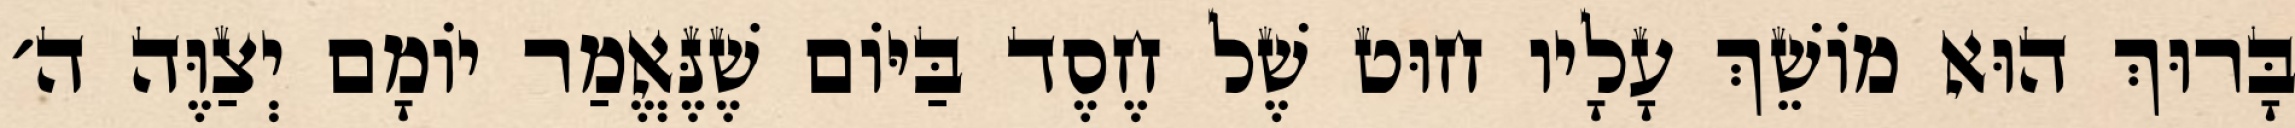
בָּרוּךְ הוּא מוֹשֵׁךְ עָלָיו חוּט שֶׁל חֶסֶד בַּיּוֹם שֶׁנֶּאֱמַר יוֹמָם יְצַוֶּה ה׳